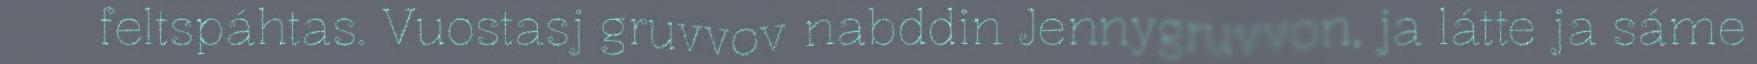
feltspáhtas. Vuostasj gruvvov nabddin Jennygruvvon, ja látte ja sáme